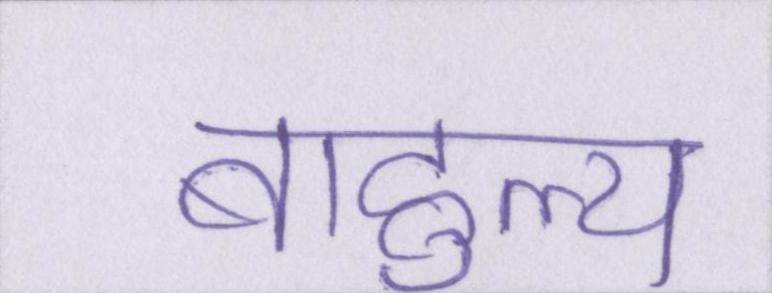
बाहुल्य